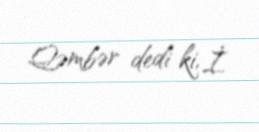
Qəmbər dedi ki, İ.